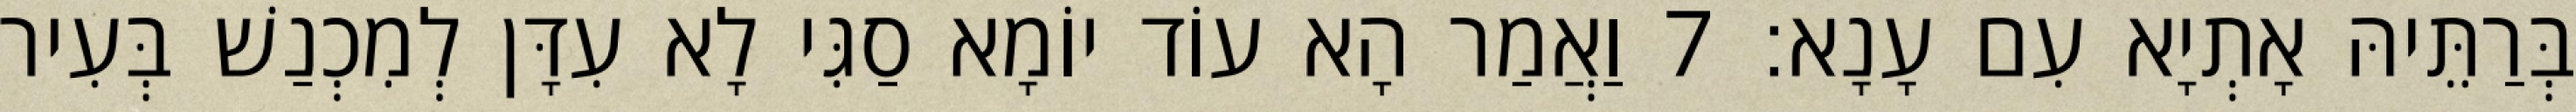
בְּרַתֵּיהּ אָתְיָא עִם עָנָא׃ 7 וַאֲמַר הָא עוֹד יוֹמָא סַגִּי לָא עִדָּן לְמִכְנַשׁ בְּעִיר